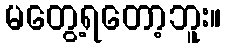
မတွေ့ရတော့ဘူး။